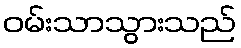
ဝမ်းသာသွားသည်